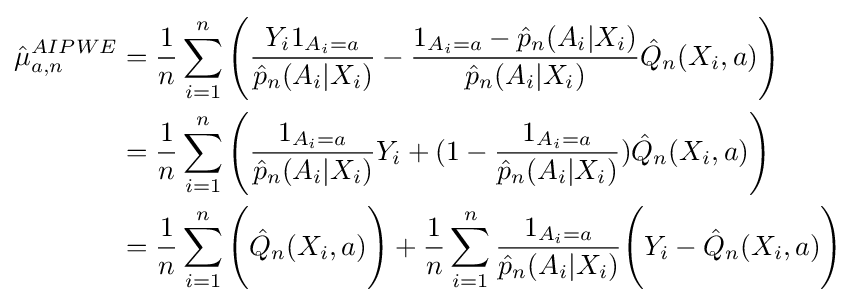
{\begin{aligned}{\hat {\mu }}_{a,n}^{AIPWE}&={\frac {1}{n}}\sum _{i=1}^{n}{\Biggl (}{\frac {Y_{i}1_{A_{i}=a}}{{\hat {p}}_{n}(A_{i}|X_{i})}}-{\frac {1_{A_{i}=a}-{\hat {p}}_{n}(A_{i}|X_{i})}{{\hat {p}}_{n}(A_{i}|X_{i})}}{\hat {Q}}_{n}(X_{i},a){\Biggr )}\\&={\frac {1}{n}}\sum _{i=1}^{n}{\Biggl (}{\frac {1_{A_{i}=a}}{{\hat {p}}_{n}(A_{i}|X_{i})}}Y_{i}+(1-{\frac {1_{A_{i}=a}}{{\hat {p}}_{n}(A_{i}|X_{i})}}){\hat {Q}}_{n}(X_{i},a){\Biggr )}\\&={\frac {1}{n}}\sum _{i=1}^{n}{\Biggl (}{\hat {Q}}_{n}(X_{i},a){\Biggr )}+{\frac {1}{n}}\sum _{i=1}^{n}{\frac {1_{A_{i}=a}}{{\hat {p}}_{n}(A_{i}|X_{i})}}{\Biggl (}Y_{i}-{\hat {Q}}_{n}(X_{i},a){\Biggr )}\end{aligned}}